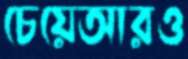
চেয়েআরও